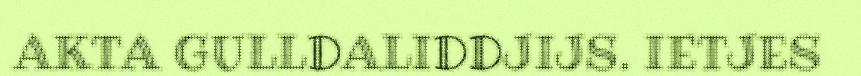
AKTA GULLDALIDDJIJS. IETJES